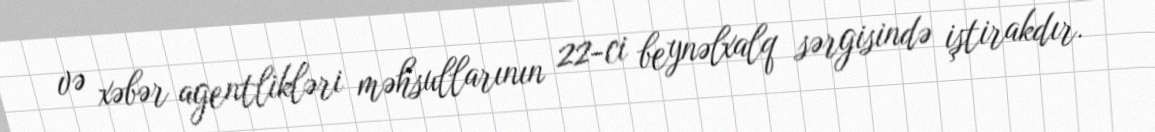
və xəbər agentlikləri məhsullarının 22-ci beynəlxalq sərgisində iştirakdır.